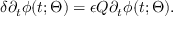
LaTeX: \delta \partial _ { t } \phi ( t ; \Theta ) = \epsilon Q \partial _ { t } \phi ( t ; \Theta ) .